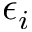
\epsilon _ { i }